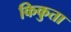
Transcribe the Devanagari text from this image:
किकुता